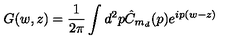
G ( w , z ) = \frac { 1 } { 2 \pi } \int d ^ { 2 } p \hat { C } _ { m _ { d } } ( p ) e ^ { i p ( w - z ) }